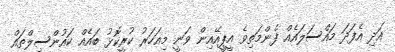
އަދި އެފަދަ މައްސަލައެއް ފެންމަތިވެ އީޕީއޭއިން ވަނީ މިއަހަރު ކުރީކޮޅު ބައެއް ކައުންސިލްތައް